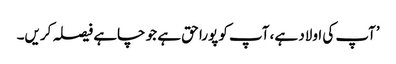
’آپ کی اولاد ہے، آپ کو پورا حق ہے جو چاہے فیصلہ کریں۔